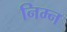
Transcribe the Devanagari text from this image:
निम्‍न